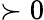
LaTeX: \succ 0